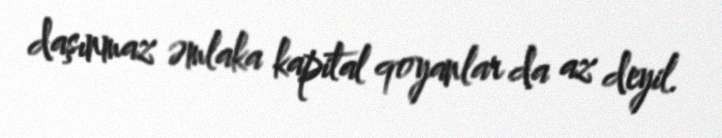
daşınmaz əmlaka kapital qoyanlar da az deyil.